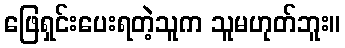
ဖြေရှင်းပေးရတဲ့သူက သူမဟုတ်ဘူး။